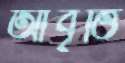
আবৃত্তি